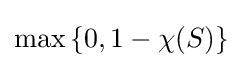
\operatorname {max} \left\{0,1-\chi (S)\right\}